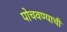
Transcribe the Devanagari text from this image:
पोचवण्‍याची